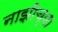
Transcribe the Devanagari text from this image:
नाझीच्या